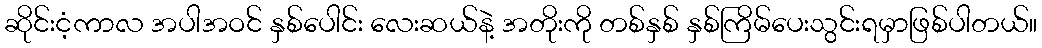
ဆိုင်းငံ့ကာလ အပါအဝင် နှစ်ပေါင်း လေးဆယ်နဲ့ အတိုးကို တစ်နှစ် နှစ်ကြိမ်ပေးသွင်းရမှာဖြစ်ပါတယ်။